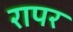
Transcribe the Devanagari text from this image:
रापर